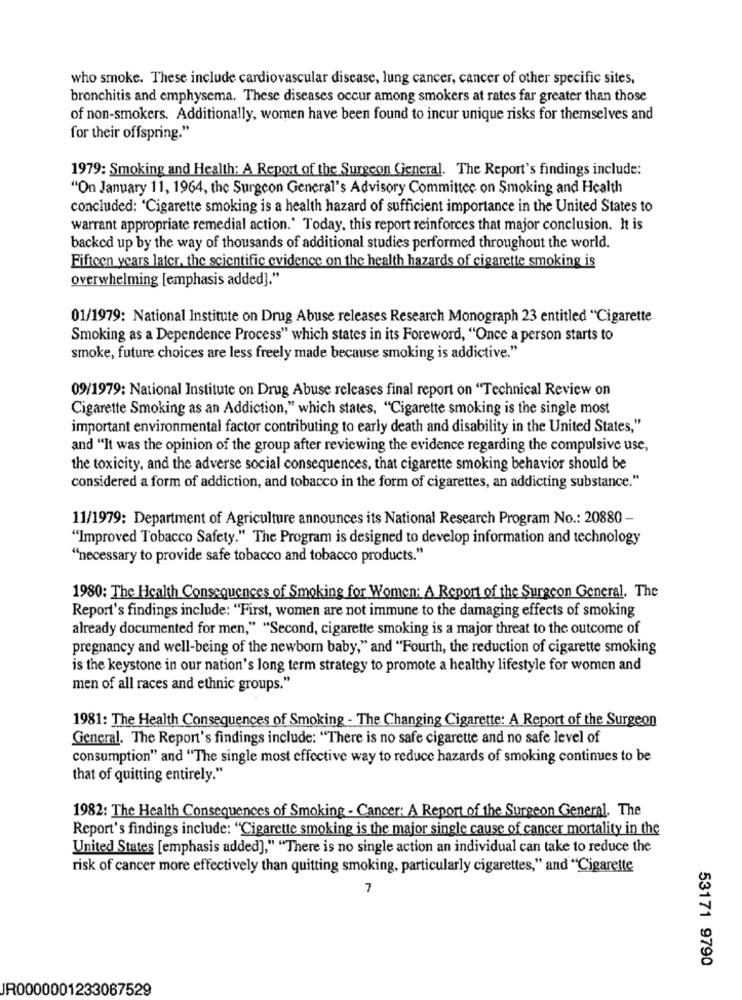
who smoke. These include cardiovascular disease, lung cancer, cancer of other specific sites,
bronchitis and emphysema. These diseases occur among smokers at rates far greater than those
of non-smokers. Additionally, women have been found to incur unique risks for themselves and
for their offspring."
1979: Smoking and Health: A Report of the Surgeon General. The Report's findings include:
"On January 11, 1964, the Surgeon General's Advisory Committee on Smoking and Health
concluded: 'Cigarette smoking is a health hazard of sufficient importance in the United States to
warrant appropriate remedial action.' Today, this report reinforces that major conclusion. It is
backed up by the way of thousands of additional studies performed throughout the world.
Fifteen years later, the scientific evidence on the health hazards of cigarette smoking is
overwhelming [emphasis added]."
01/1979: National Institute on Drug Abuse releases Research Monograph 23 entitled "Cigarette
Smoking as a Dependence Process" which states in its Foreword, "Once a person starts to
smoke, future choices are less freely made because smoking is addictive."
09/1979: National Institute on Drug Abuse releases final report on "Technical Review on
Cigarette Smoking as an Addiction," which states, "Cigarette smoking is the single most
important environmental factor contributing to early death and disability in the United States,"
and "It was the opinion of the group after reviewing the evidence regarding the compulsive use,
the toxicity, and the adverse social consequences, that cigarette smoking behavior should be
considered a form of addiction, and tobacco in the form of cigarettes, an addicting substance."
11/1979: Department of Agriculture announces its National Research Program No .: 20880 -
"Improved Tobacco Safety." The Program is designed to develop information and technology
"necessary to provide safe tobacco and tobacco products."
1980: The Health Consequences of Smoking for Women: A Report of the Surgeon General, The
Report's findings include: "First, women are not immune to the damaging effects of smoking
already documented for men," "Second, cigarette smoking is a major threat to the outcome of
pregnancy and well-being of the newborn baby," and "Fourth, the reduction of cigarette smoking
is the keystone in our nation's long term strategy to promote a healthy lifestyle for women and
men of all races and ethnic groups."
1981: The Health Consequences of Smoking - The Changing Cigarette: A Report of the Surgeon
General. The Report's findings include: "There is no safe cigarette and no safe level of
consumption" and "The single most effective way to reduce hazards of smoking continues to be
that of quitting entirely."
1982: The Health Consequences of Smoking - Cancer: A Report of the Surgeon General. The
Report's findings include: "Cigarette smoking is the major single cause of cancer mortality in the
United States [emphasis added]," "There is no single action an individual can take to reduce the
risk of cancer more effectively than quitting smoking, particularly cigarettes," and "Cigarette
7
53171 9790
JR0000001233067529